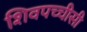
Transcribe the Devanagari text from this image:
शिवपच्चीसी